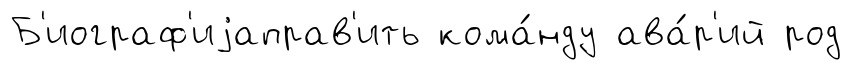
Б'иограф'иjаправ'ить кома́нду ава́р'ий род